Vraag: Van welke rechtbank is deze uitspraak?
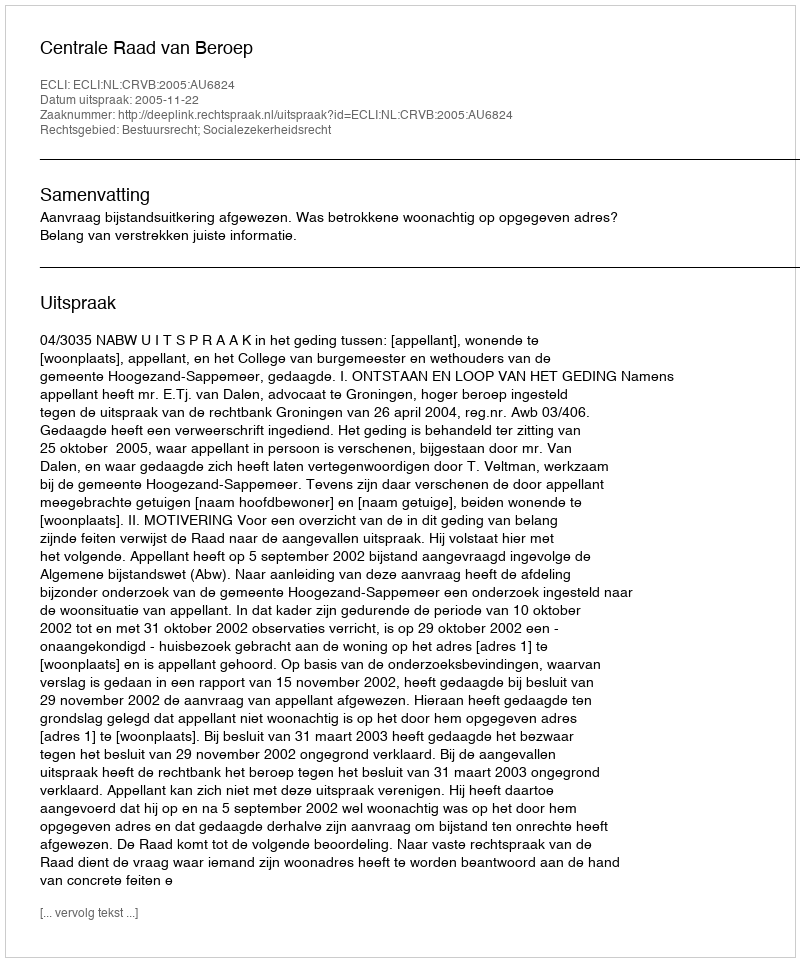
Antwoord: Centrale Raad van Beroep